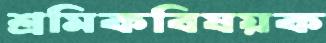
শ্রমিকবিষয়ক